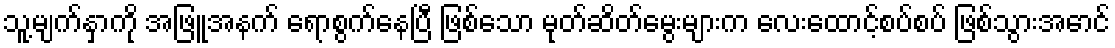
သူ့မျက်နှာကို အဖြူအနက် ရောစွက်နေပြီ ဖြစ်သော မုတ်ဆိတ်မွေးများက လေးထောင့်စပ်စပ် ဖြစ်သွားအောင်